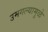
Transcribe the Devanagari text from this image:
उमगल्यामुळे